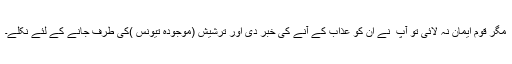
مگر قوم ایمان نہ لائی تو آپ ؑ نے ان کو عذاب کے آنے کی خبر دی اور ترشیش (موجودہ تیونس )کی طرف جانے کے لئے نکلے۔